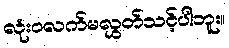
လုံးဝလက်မလွှတ်သင့်ပါဘူး။